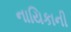
નાયિકાની